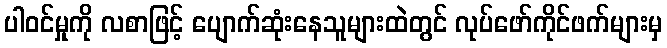
ပါဝင်မှုကို လစာဖြင့် ပျောက်ဆုံးနေသူများထဲတွင် လုပ်ဖော်ကိုင်ဖက်များမှ